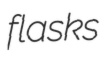
flasks